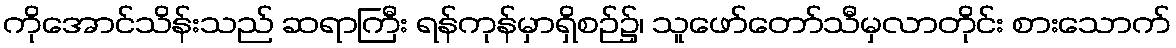
ကိုအောင်သိန်းသည် ဆရာကြီး ရန်ကုန်မှာရှိစဉ်၌၊ သူဖော်တော်သီမှလာတိုင်း စားသောက်